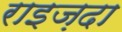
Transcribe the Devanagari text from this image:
राइज़दा